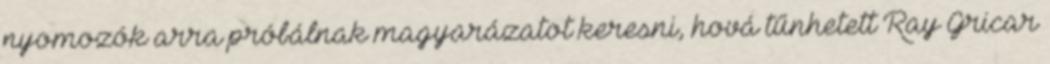
nyomozók arra próbálnak magyarázatot keresni, hová tűnhetett Ray Gricar